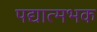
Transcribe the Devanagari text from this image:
पद्यात्मभक